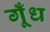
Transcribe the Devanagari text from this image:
गूँध